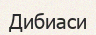
Дибиаси